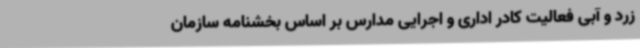
زرد و آبی فعالیت کادر اداری و اجرایی مدارس بر اساس بخشنامه سازمان